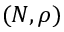
( N , \rho )